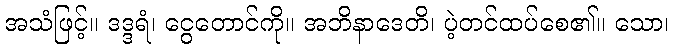
အသံဖြင့်။ ဒဒ္ဒရံ၊ ငွေတောင်ကို။ အဘိနာဒေတိ၊ ပဲ့တင်ထပ်စေ၏။ သော၊